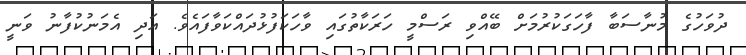
ދުވަހުގެ މުނާސަބާ ފާހަގަކުރުމަށް ބޭއްވި ރަސްމީ ހަރަކާތުގައި ވާހަކަފުޅުދައްކަވާފައެވެ. އަދި އެމަނުކުފާނު ވަނީ